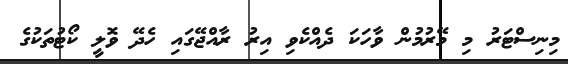
މިނިސްޓަރު މި މޭރުމުން ވާހަކަ ދެއްކެވި އިރު ރާއްޖޭގައި ހެދޭ ވޮލީ ކޯޓުތަކުގެ